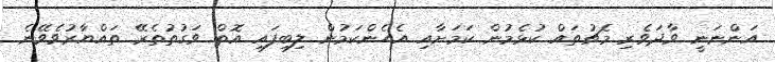
އަންނަނީ ވާދަވެރި މެޗުތައް ކުޅެމުން ކަމަށާއި އެހެންކަމުން ލިބިފައި އޮތް ވަގުތުތެރޭ ތައްޔާރުވެވޭނެ